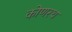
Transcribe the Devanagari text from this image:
कोणरथ